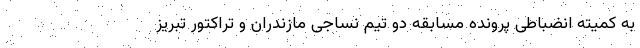
به کمیته انضباطی پرونده مسابقه دو تیم نساجی مازندران و تراکتور تبریز